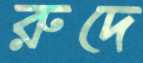
রুদে